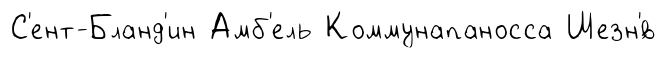
С'ент-Бланд'ин Амб'ель Коммунапаносса Шезн'́в